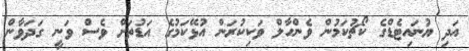
އަދި ޔުނައިޓެޑްގެ ކޯޗުކަމުން ވެންހާލް ވަކިކުރަން އުޅޭކަމުގެ އަޑުތަށް ވެސް ވަނީ ގަދަވާން